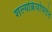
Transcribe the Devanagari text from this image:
शल्यक्रियोपरांत